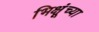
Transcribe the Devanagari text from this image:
भिक्षूंच्या